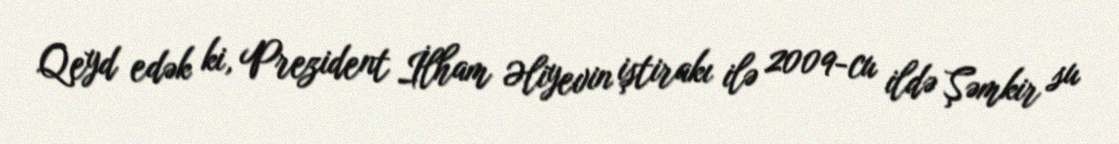
Qeyd edək ki, Prezident İlham Əliyevin iştirakı ilə 2009-cu ildə Şəmkir su